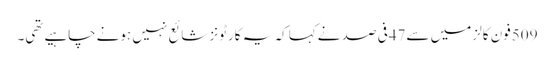
509فون کالز میں سے47فی صد نےکہا کہ یہ کارٹونز شائع نہیں ہونےچاہیےتھی۔